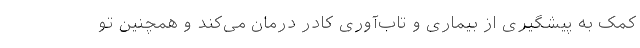
کمک به پیشگیری از بیماری و تاب‌آوری کادر درمان می‌کند و همچنین تو